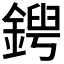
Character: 𨩤